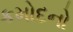
કમોદનો